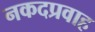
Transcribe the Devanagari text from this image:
नकदप्रवाह